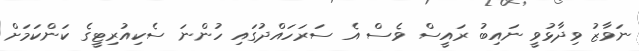
ނަވާޒު ވިދާޅުވީ ނައިބު ރައީސް ވެސް އެ ސަރަހައްދުގައި ހުންނަ ސެކިއުރިޓީގެ ކަންކަމަށް